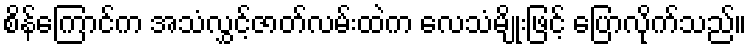
စိန်ကြောင်က အသံလွှင့်ဇာတ်လမ်းထဲက လေသံမျိုးဖြင့် ပြောလိုက်သည်။